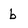
Character: b